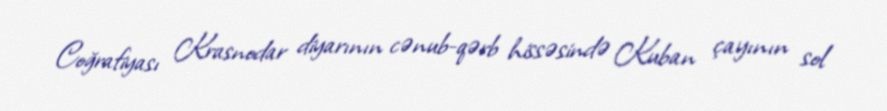
Coğrafiyası Krasnodar diyarının cənub-qərb hissəsində Kuban çayının sol